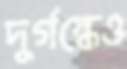
দুর্গন্ধেও